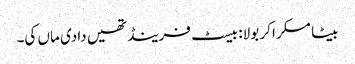
بیٹا مسکرا کر بولا: بیسٹ فرینڈ تھیں دادی ماں کی۔